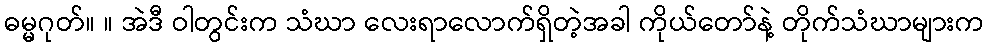
ဓမ္မဂုတ်။ ။ အဲဒီ ဝါတွင်းက သံဃာ လေးရာလောက်ရှိတဲ့အခါ ကိုယ်တော်နဲ့ တိုက်သံဃာများက